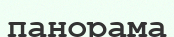
панорама